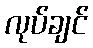
လုပ်ချင်